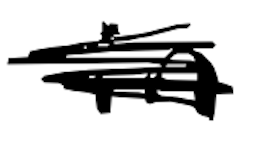
Text: in
Cross-out: scratch
Writing tool: digital_black